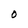
Character: O